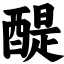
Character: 醍